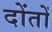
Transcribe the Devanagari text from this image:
दोंतों